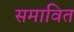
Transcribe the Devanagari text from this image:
समावित